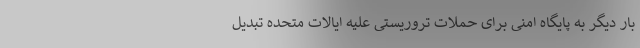
بار دیگر به پایگاه امنی برای حملات تروریستی علیه ایالات متحده تبدیل